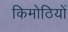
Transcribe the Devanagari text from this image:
किमोठियों